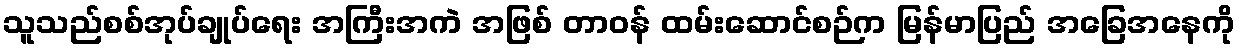
သူသည်စစ်အုပ်ချုပ်ရေး အကြီးအကဲ အဖြစ် တာဝန် ထမ်းဆောင်စဉ်က မြန်မာပြည် အခြေအနေကို